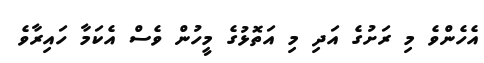
އެހެންވެ މި ރަށުގެ އަދި މި އަތޮޅުގެ މީހުން ވެސް އެކަމާ ހައިރާވެ